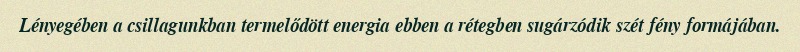
Lényegében a csillagunkban termelődött energia ebben a rétegben sugárzódik szét fény formájában.